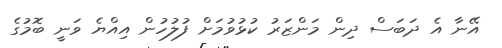
އޭނާ އެ ދަބަސް ދިން މަންޒަރު ކުޅުވުމަށް ފުލުހުން އިއްޔެ ވަނީ ބޮމުގެ